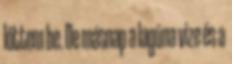
lőttem be. De másnap a lagúna vize és a